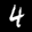
Label: 4